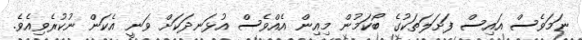
ނަމަވެސް އައިސް ފަށަލަތަކުގެ ބޯކަމުން މިއިން އެއްވެސް އުޅަނދަކަށް ވަނީ އެކަން ނުކުރެވިއެވެ.